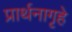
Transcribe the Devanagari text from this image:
प्रार्थनागृहे